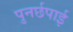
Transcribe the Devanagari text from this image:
पुनर्छपाई